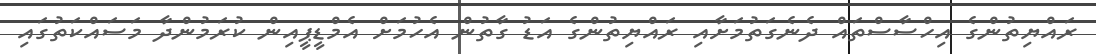
ރައްޔިތުންގެ އިހްސާސްތައް ދެނެގަތުމަށާއި ރައްޔިތުންގެ އަޑު ގާތުން އެހުމަށް އެމްޑީޕީއިން ކުރަމުންދާ މަސައްކަތުގައި